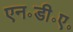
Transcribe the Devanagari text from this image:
एन॰डी॰ए॰